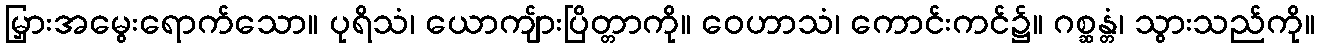
မြှားအမွေးရောက်သော။ ပုရိသံ၊ ယောကျ်ားပြိတ္တာကို။ ဝေဟာသံ၊ ကောင်းကင်၌။ ဂစ္ဆန္တံ၊ သွားသည်ကို။